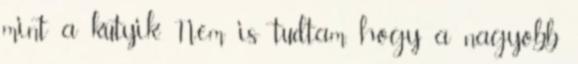
mint a kutyik. Nem is tudtam, hogy a nagyobb